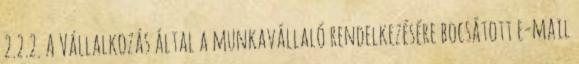
2.2.2. A Vállalkozás által a munkavállaló rendelkezésére bocsátott e-mail